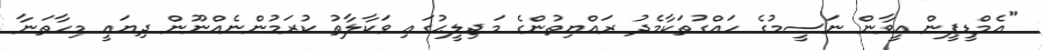
"އެމްޑީޕީން އީވާން ނަސީމުގެ ހައްގުތަކާމެދު ރައްޔިތުންގެ މަޖިލީޙުގައި ވަކާލާތު ކުރަމުންނެއްނޫން ދިޔައީ މިހާތަނާ